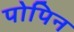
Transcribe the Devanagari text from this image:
पोपिन